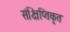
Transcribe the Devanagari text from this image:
संक्षिप्तिकृत